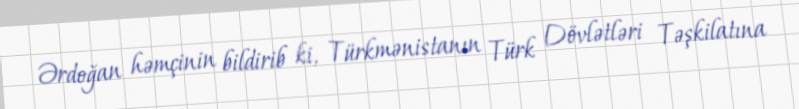
Ərdoğan həmçinin bildirib ki, Türkmənistanın Türk Dövlətləri Təşkilatına